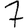
Digit: 7